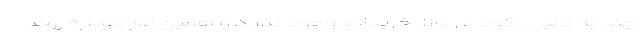
چند به دلیل رکود در بازار خریداری وجود ندارد و همین امر دوباره روند